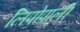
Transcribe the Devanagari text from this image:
लिपोपाली